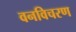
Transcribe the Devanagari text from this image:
वनविचरण